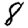
Digit: 8